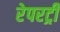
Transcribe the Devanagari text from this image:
रेपरट्री